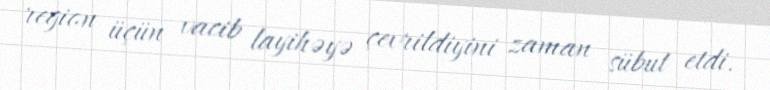
region üçün vacib layihəyə çevrildiyini zaman sübut etdi.